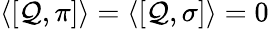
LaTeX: \langle[\mathcal{Q},\pi]\rangle=\langle[\mathcal{Q},\sigma]\rangle=0